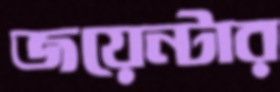
জয়েন্টার